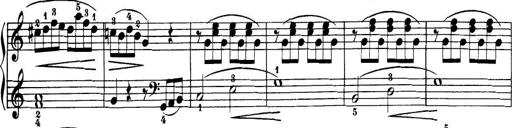
Title: 32 Sonatinas and Rondos for the Piano
Composer: Richard Kleinmichel